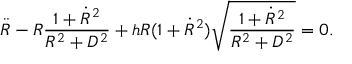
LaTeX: { \ddot { R } } - R \frac { 1 + { \dot { R } } ^ { 2 } } { R ^ { 2 } + D ^ { 2 } } + h R ( 1 + { \dot { R } } ^ { 2 } ) \sqrt { \frac { 1 + { \dot { R } } ^ { 2 } } { R ^ { 2 } + D ^ { 2 } } } = 0 .